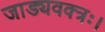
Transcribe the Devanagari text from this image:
जाड्यवक्त्रः।